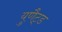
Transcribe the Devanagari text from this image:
युणैट्ड